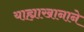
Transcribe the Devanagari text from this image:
याह्याखानाने